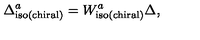
\Delta _ { \mathrm { i s o ( c h i r a l ) } } ^ { a } = W _ { \mathrm { i s o ( c h i r a l ) } } ^ { a } \Delta ,